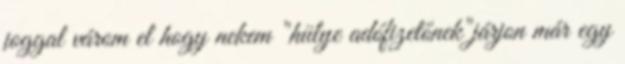
joggal várom el hogy nekem "hülye adófizetőnek"járjon már egy